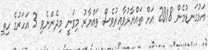
އަޅުގަނޑުމެން 2018 އަށް ތައްޔާރުވާއިރުވެސް ތައްޔާރު މިވަނީ މިދެންނެވި 3 އަހަރުގެ ހިތި